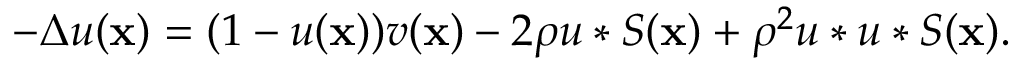
- \Delta u ( \mathbf x ) = ( 1 - u ( \mathbf x ) ) v ( \mathbf x ) - 2 \rho u \ast S ( \mathbf x ) + \rho ^ { 2 } u \ast u \ast S ( \mathbf x ) .